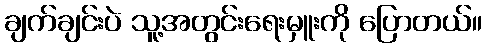
ချက်ချင်းပဲ သူ့အတွင်းရေးမှူးကို ပြောတယ်။